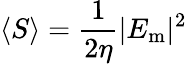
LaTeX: \langle S\rangle={\frac{1}{2\eta}}|E_{\mathrm{m}}|^{2}